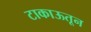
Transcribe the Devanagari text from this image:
टाकाऊतून